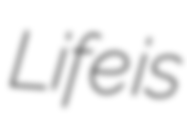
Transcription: Life is